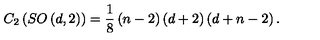
C _ { 2 } \left( S O \left( d , 2 \right) \right) = \frac 1 8 \left( n - 2 \right) \left( d + 2 \right) \left( d + n - 2 \right) .